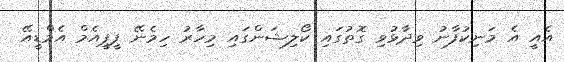
އެއީ އެ މަނިކުފާނު ވިދާޅުވި ގޮތުގައި ކޯލިޝަންގައި މިހާރު ހިމެނޭ ޕީޕީއެމް އެމްޑީއޭ